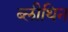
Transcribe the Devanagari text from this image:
ब्लीथिन